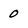
Character: 0